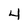
Character: 4